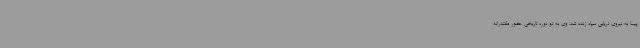
پیما به نیروی دریایی سپاه زنده شد. وی به دو دوره تاریخی حضور مقتدرانه